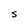
Character: S